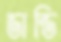
ডান্ডি